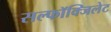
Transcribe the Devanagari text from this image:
सल्फॉक्जिलेट